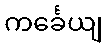
ကင်္ခေယျ